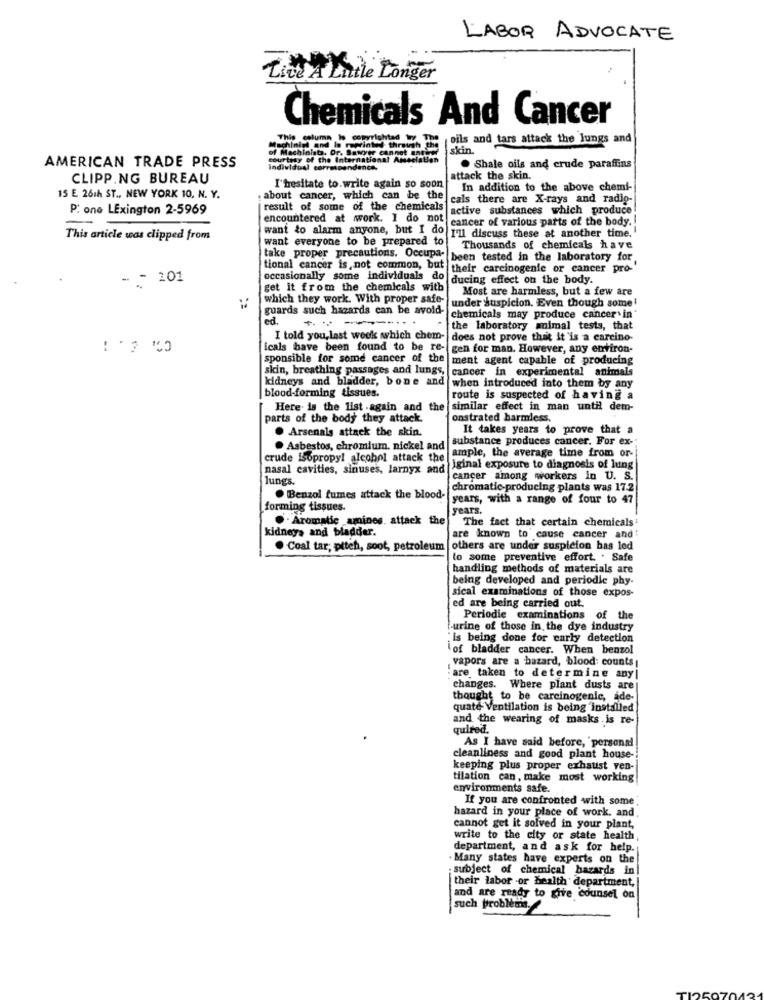
LABOR ADVOCATE
Litt A Little Longer
Chemicals And Cancer
This column is copyrightad Wy The
oils and tars attack the lungs and
Machinist and le reprinted through the
skin.
AMERICAN TRADE PRESS
of Machinist. Dr. Sawyer cannot antine
courtesy of the International Amseelatien
individual correspondance.
. Shale oils and crude paraffins
CLIPP.NG BUREAU
attack the skin.
I'hesitate to write again so soon
In addition to the above chemi-
15 E 261h ST ., NEW YORK 10, N. Y.
: about cancer, which can be the]
cals there are X-rays and radig-
P. one LExington 2-5969
result of some of the chemicals
active substances which produce
encountered at work. I do not
cancer of various parts of the body.
This article was clipped from
want everyone to be prepared to
want to alarm anyone, but I do I'11 discuss these at another time.
Thousands of chemicals have
take proper precautions. Occupa been tested in the laboratory for
tional cancer is not common, but
their carcinogenic or cancer pro-
- 101
occasionally some individuals do
ducing effect on the body.
get it from the chemicals with
Most are harmless, but a few are
which they work. With proper safe-
guards such hazards can be avoid-
under suspicion. Even though some!
ed.
chemicals may produce cancer. in
the laboratory mimal tests, that
I told you, last week which chem- does not prove that it 'is a carcino-
icals have been found to be re- gen for man. However, any environ-
sponsible for some cancer of the
ment agent capable of producing
skin, breathing passages and lungs, cancer in experimental animals
kidneys and bladder, bone and when introduced into them by any
blood-forming tissues.
route is suspected of having a
Here is the list .again and the similar effect in man until dem-
parts of the body they attack.
onstrated harmless,
. Arsenals attack the skin.
It takes years to prove that a
substance produces cancer. For ex-
. Asbestos, chromium. nickel and
crude isopropyl alcohol attack the
ample, the average time from or-
nasal cavities, sinuses, larnyx and
iginal exposure to diagnosis of lung
lungs.
cancer among wworkers In U. S.
chromatic-producing plants was 17.2
. Benzol fumes attack the blood-
years, with a range of four to 47
forming tissues.
years.
. Aromatic amines. attack the
kidney, and bladder.
The fact that certain chemicals
are known to cause cancer and!
· Coal tar; pitch, soot, petroleum
others are under suspicion has led
to some preventive effort. . Safe
handling methods of materials are
being developed and periodle phy.
sical examinations of those expos-
ed are being carried out.
Periodic examinations of the
urine of those in the dye industry
"is being done for early detection
Lof bladder cancer. When benzol
vapors are a bazard, blood: counts |
:are taken to determine any
changes. Where plant dusts arej
thought to be carcinogenic, ade-
quate Ventilation is being installed
and the wearing of masks is re-
quired.
As I have said before, personal
cleanliness and good plant house-
keeping plus proper exhaust ven-
tilation can, make most working
environments safe.
If you are confronted with some
hazard in your place of work, and
cannot get it solved in your plant,
write to the city or state health,
department, and ask for help.
. Many states have experts on the
subject of chemical hazards in
their labor -or health department,
and are ready to give counsel on
such problems.